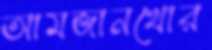
আমজানখোর